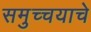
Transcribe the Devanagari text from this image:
समुच्चयाचे